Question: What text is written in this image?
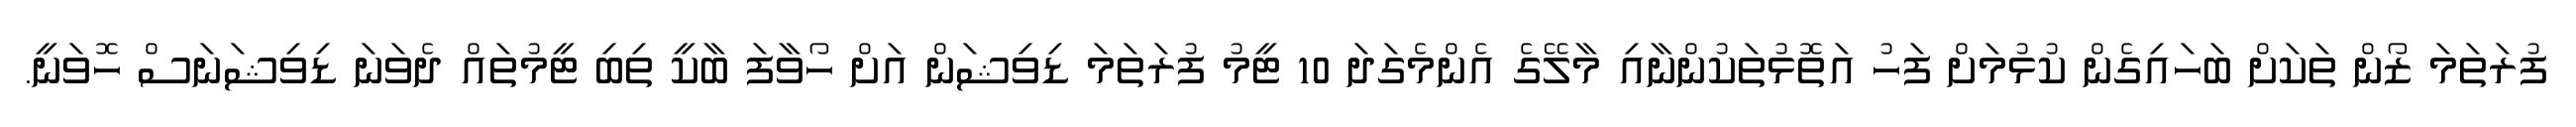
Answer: ފުރަތަމަ ޒޯން ތަކަށް ބަހައިގެން ކުޅުމަށް ފަހު އަތޮޅުތަކުންނާއި މާލޭގެ އެންމެގަދަ 10 ޓީމު ފުރަތަމަ ޑިވިޝަން އަށް ހޯވާފަ ބާކީ ތިބި ޓީމުތައް ދެވަނަ ޑިވިޝަނަސް ހޮވަނީ.